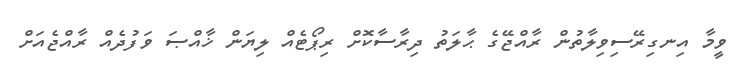
ވީމާ އިނގިރޭސިވިލާތުން ރާއްޖޭގެ ޙާލަތު ދިރާސާކޮށް ރިޕޯޓެއް ލިޔަން ޚާއްޞަ ވަފުދެއް ރާއްޖެއަށް